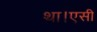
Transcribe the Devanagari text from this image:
था।एसी